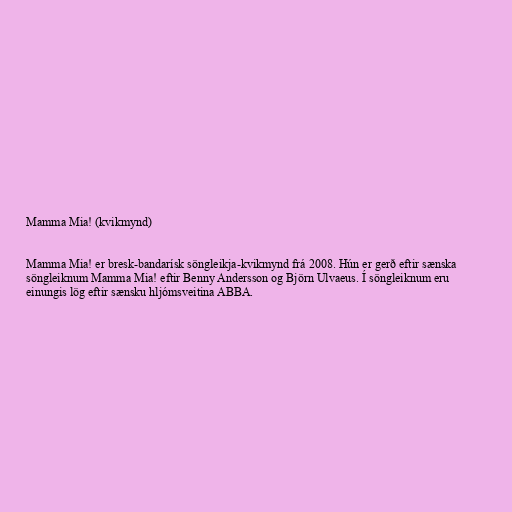
Mamma Mia! (kvikmynd)

Mamma Mia! er bresk-bandarísk söngleikja-kvikmynd frá 2008. Hún er gerð eftir sænska
söngleiknum Mamma Mia! eftir Benny Andersson og Björn Ulvaeus. Í söngleiknum eru
einungis lög eftir sænsku hljómsveitina ABBA.